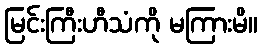
မြင်းကြီးဟီသံကို မကြားမိ။